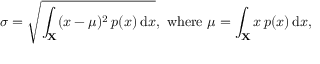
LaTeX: \sigma = { \sqrt { \int _ { \mathbf { X } } ( x - \mu ) ^ { 2 } \, p ( x ) \, \mathrm { { d } } x } } , { \mathrm { ~ w h e r e ~ } } \mu = \int _ { \mathbf { X } } x \, p ( x ) \, \mathrm { { d } } x ,